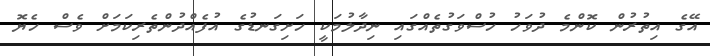
އޭގެ އިތުރުން ކޮންމެ ދުވަހު ހުސްވަގުތެއްގައި ނިދާލުމަކީ ހަށިގަނޑުގެ އުފެއްދުންތެރިކަމަށް ވެސް ހެޔޮ